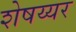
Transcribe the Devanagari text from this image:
शेषय्यर